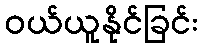
ဝယ်ယူနိုင်ခြင်း